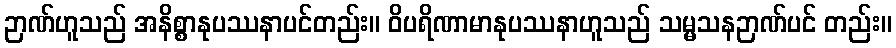
ဉာဏ်ဟူသည် အနိစ္စာနုပဿနာပင်တည်း။ ဝိပရိဏာမာနုပဿနာဟူသည် သမ္မသနဉာဏ်ပင် တည်း။